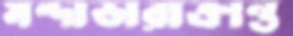
মন্দাভারাক্রান্ত